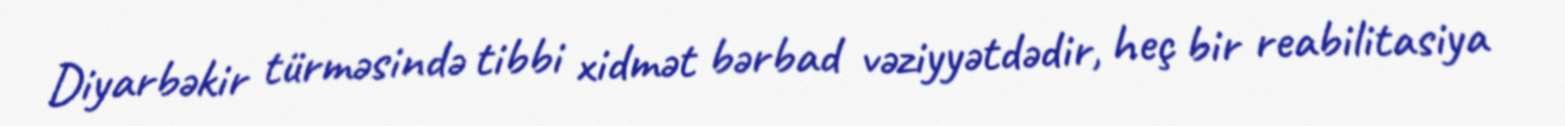
Diyarbəkir türməsində tibbi xidmət bərbad vəziyyətdədir, heç bir reabilitasiya